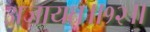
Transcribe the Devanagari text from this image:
अजायत॥१२॥